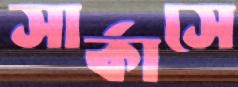
সার্কাসে